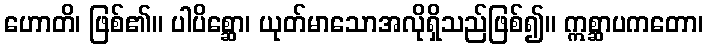
ဟောတိ၊ ဖြစ်၏။ ပါပိစ္ဆော၊ ယုတ်မာသောအလိုရှိသည်ဖြစ်၍။ ဣစ္ဆာပကတော၊